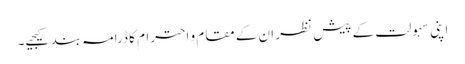
اپنی سہولت کے پیش نظر ان کے مقام و احترام کا ڈرامہ بند کیجیے۔